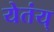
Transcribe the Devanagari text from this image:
येतंय्